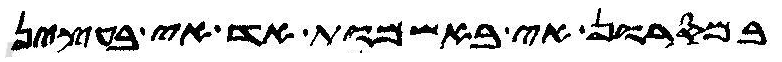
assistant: במסרון אי באשמות אד אי בעצין